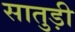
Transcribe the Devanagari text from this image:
सातुड़ी